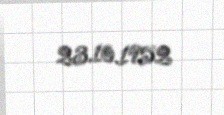
23.10.1952